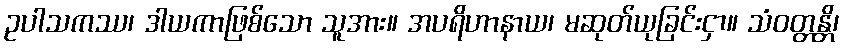
ဥပါသကဿ၊ ဒါယကာဖြစ်သော သူအား။ အပရိဟာနာယ၊ မဆုတ်ယုခြင်းငှာ။ သံဝတ္တန္တိ၊